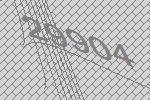
29904